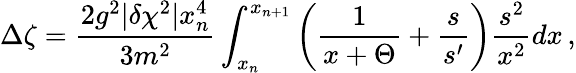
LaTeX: \Delta\zeta={\frac{2g^{2}|\delta\chi^{2}|x_{n}^{4}}{3m^{2}}}\int_{x_{n}}^{x_{n+1}}\left({\frac{1}{x+\Theta}}+{\frac{s}{s^{\prime}}}\right){\frac{s^{2}}{x^{2}}}dx\, ,